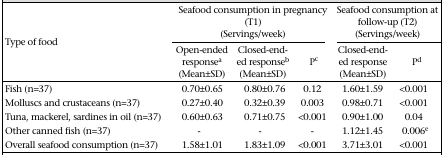
| <ROWSPAN=2> Type of food | <COLSPAN=3> Seafood consumption in pregnancy (T1) (Servings/week) | <COLSPAN=2> Seafood consumption at follow-up (T2) (Servings/week) |
 | Open-ended responsea (Mean±SD) | Closed-ended responseb (Mean±SD) | Pc | Closed-ended response (Mean±SD) | Pd |
 | --- | --- | --- | --- | --- | --- |
 | Fish (n=37) | 0.70±0.65 | 0.80±0.76 | 0.12 | 1.60±1.59 | <0.001 |
 | Molluscs and crustaceans (n=37) | 0.27±0.40 | 0.32±0.39 | 0.003 | 0.98±0.71 | <0.001 |
 | Tuna, mackerel, sardines in oil (n=37) | 0.60±0.63 | 0.71±0.75 | <0.001 | 0.90±1.00 | 0.04 |
 | Other canned fish (n=37) | - | - | - | 1.12±1.45 | 0.006e |
 | Overall seafood consumption (n=37) | 1.58±1.01 | 1.83±1.09 | <0.001 | 3.71±3.01 | <0.001 |